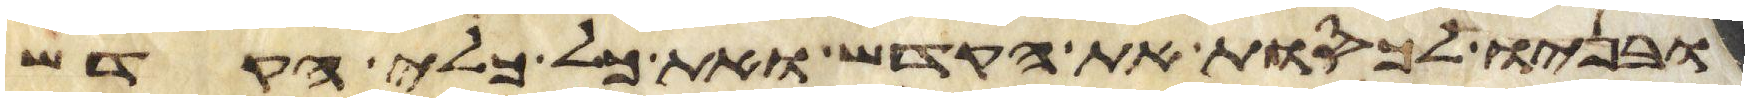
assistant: ובניו לכסות את הקדש ואת כל כלי הקדש